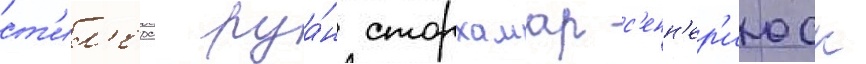
ст'ил'ерс руа́н сторхамар с'енн'ер'июск